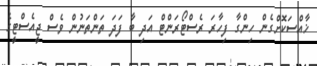
ޚާއްސަކޮށްގެން ހިންގާ ފިހާރަ ރެސްޓޯރަންޓް އަދި ބާ ފަދަ ތަންތަނުން ވެސް ޖީއެސްޓީގެ